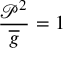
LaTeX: \frac { \mathcal { P } ^ { 2 } } { \overline { { { g } } } } = 1